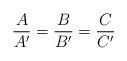
LaTeX: \begin{align*}\frac{A}{A'}=\frac{B}{B'}=\frac{C}{C'} \end{align*}